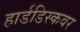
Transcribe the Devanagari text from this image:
हार्डडिस्कवर